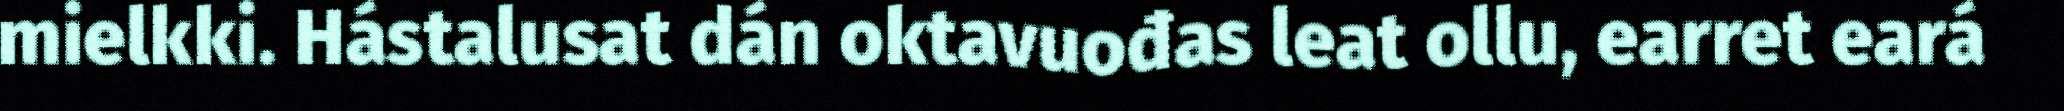
mielkki. Hástalusat dán oktavuođas leat ollu, earret eará